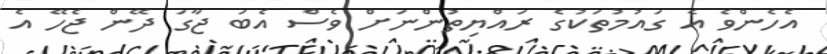
އެހެންވެ އެ ގައުމުތަކުގެ ރައްޔިތުންނަށް ވެސް އެބަ ޖާގަ ދޭން ޖެހޭ އެ